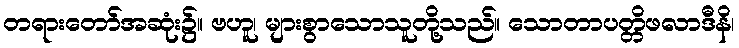
တရားတော်အဆုံး၌။ ဗဟူ၊ များစွာသောသူတို့သည်။ သောတာပတ္တိဖလာဒီနိ၊